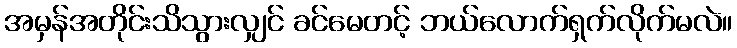
အမှန်အတိုင်းသိသွားလျှင် ခင်မေတင့် ဘယ်လောက်ရှက်လိုက်မလဲ။